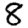
Digit: 8